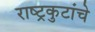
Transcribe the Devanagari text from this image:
राष्ट्रकुटांचे